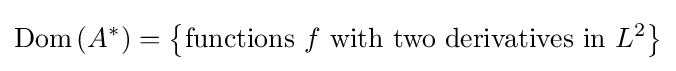
\operatorname {Dom} \left(A^{*}\right)=\left\{{\text{functions }}f{\text{ with two derivatives in }}L^{2}\right\}